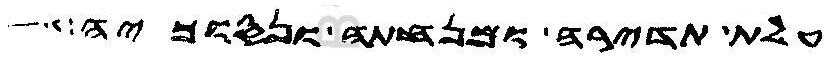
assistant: עלת תדירה ומנחתה ונסוכיה